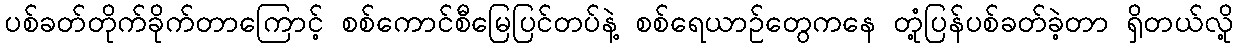
ပစ်ခတ်တိုက်ခိုက်တာကြောင့် စစ်ကောင်စီမြေပြင်တပ်နဲ့ စစ်ရေယာဉ်တွေကနေ တုံ့ပြန်ပစ်ခတ်ခဲ့တာ ရှိတယ်လို့